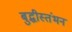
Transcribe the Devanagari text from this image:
बुद्धीस्तंभन